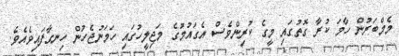
މެމްބަރުން ހާމަ ކުރާ ގޮތުގައި މީގެ ކުރިންވެސް އެގައުމުގެ މަޖިލީހުގައި ހަމަނުޖެހުން ހިނގާފައިވެއެވެ.